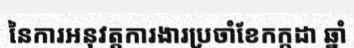
នៃការអនុវត្តការងារប្រចាំខែកក្កដា ឆ្នាំ